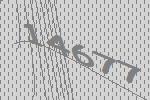
14677